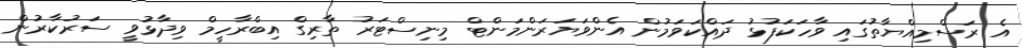
އެ ރަސްމިއްޔާތުގައި ވާހަކަފުޅު ދައްކަވަމުން އެންވަޔަރަންމަންޓް މިނިސްޓަރު ތާރިގް އިބްރާހީމް ވިދާޅުވީ ސަރުކާރުން